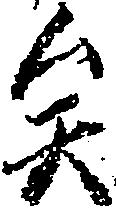
矣